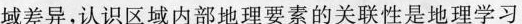
域差异，认识区域内部地理要素的关联性是地理学习